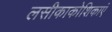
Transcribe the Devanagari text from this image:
लसीकाकोशिकाएं